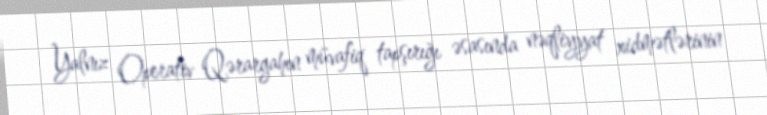
Yalnız Operativ Qərargahın müvafiq tapşırığı əsasında nəqliyyat xidmətlərinin